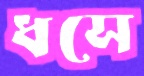
ধসে